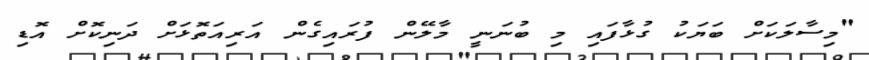
"މިސާލަކަށް ބަޔަކު ގުޅާފައި މި ބުނަނީ މާލޭން ފުރައިގެން އަރިއަތޮޅަށް ދަނިކޮށް އޮޑި